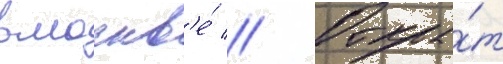
в москв'е́ // Откры́т